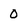
Character: 0